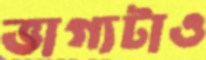
ভাগ্যটাও